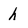
Character: h